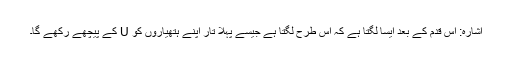
اشارہ: اس قدم کے بعد ایسا لگتا ہے کہ اس طرح لگتا ہے جیسے پہلا تار اپنے ہتھیاروں کو U کے پیچھے رکھے گا۔